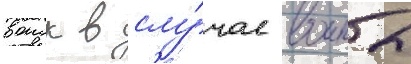
воиск в слу́чае воины